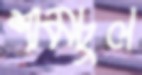
শামচুল